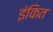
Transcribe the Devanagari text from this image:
इंकित